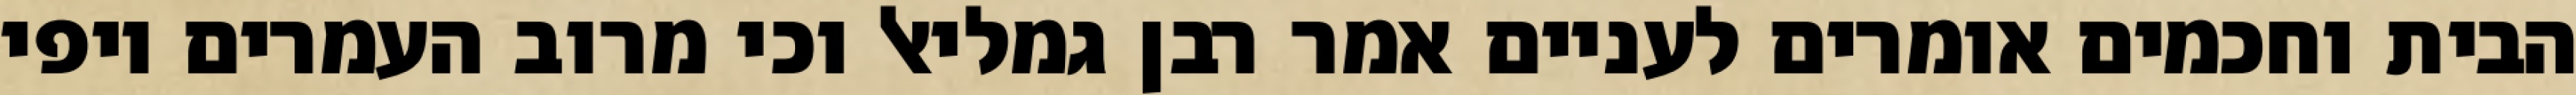
הבית וחכמים אומרים לעניים אמר רבן גמליאל וכי מרוב העמרים יופי